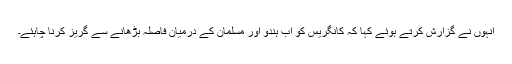
انہوں نے گزارش کرتے ہوئے کہا کہ کانگریس کو اب ہندو اور مسلمان کے درمیان فاصلہ بڑھانے سے گریز کرنا چاہئے۔